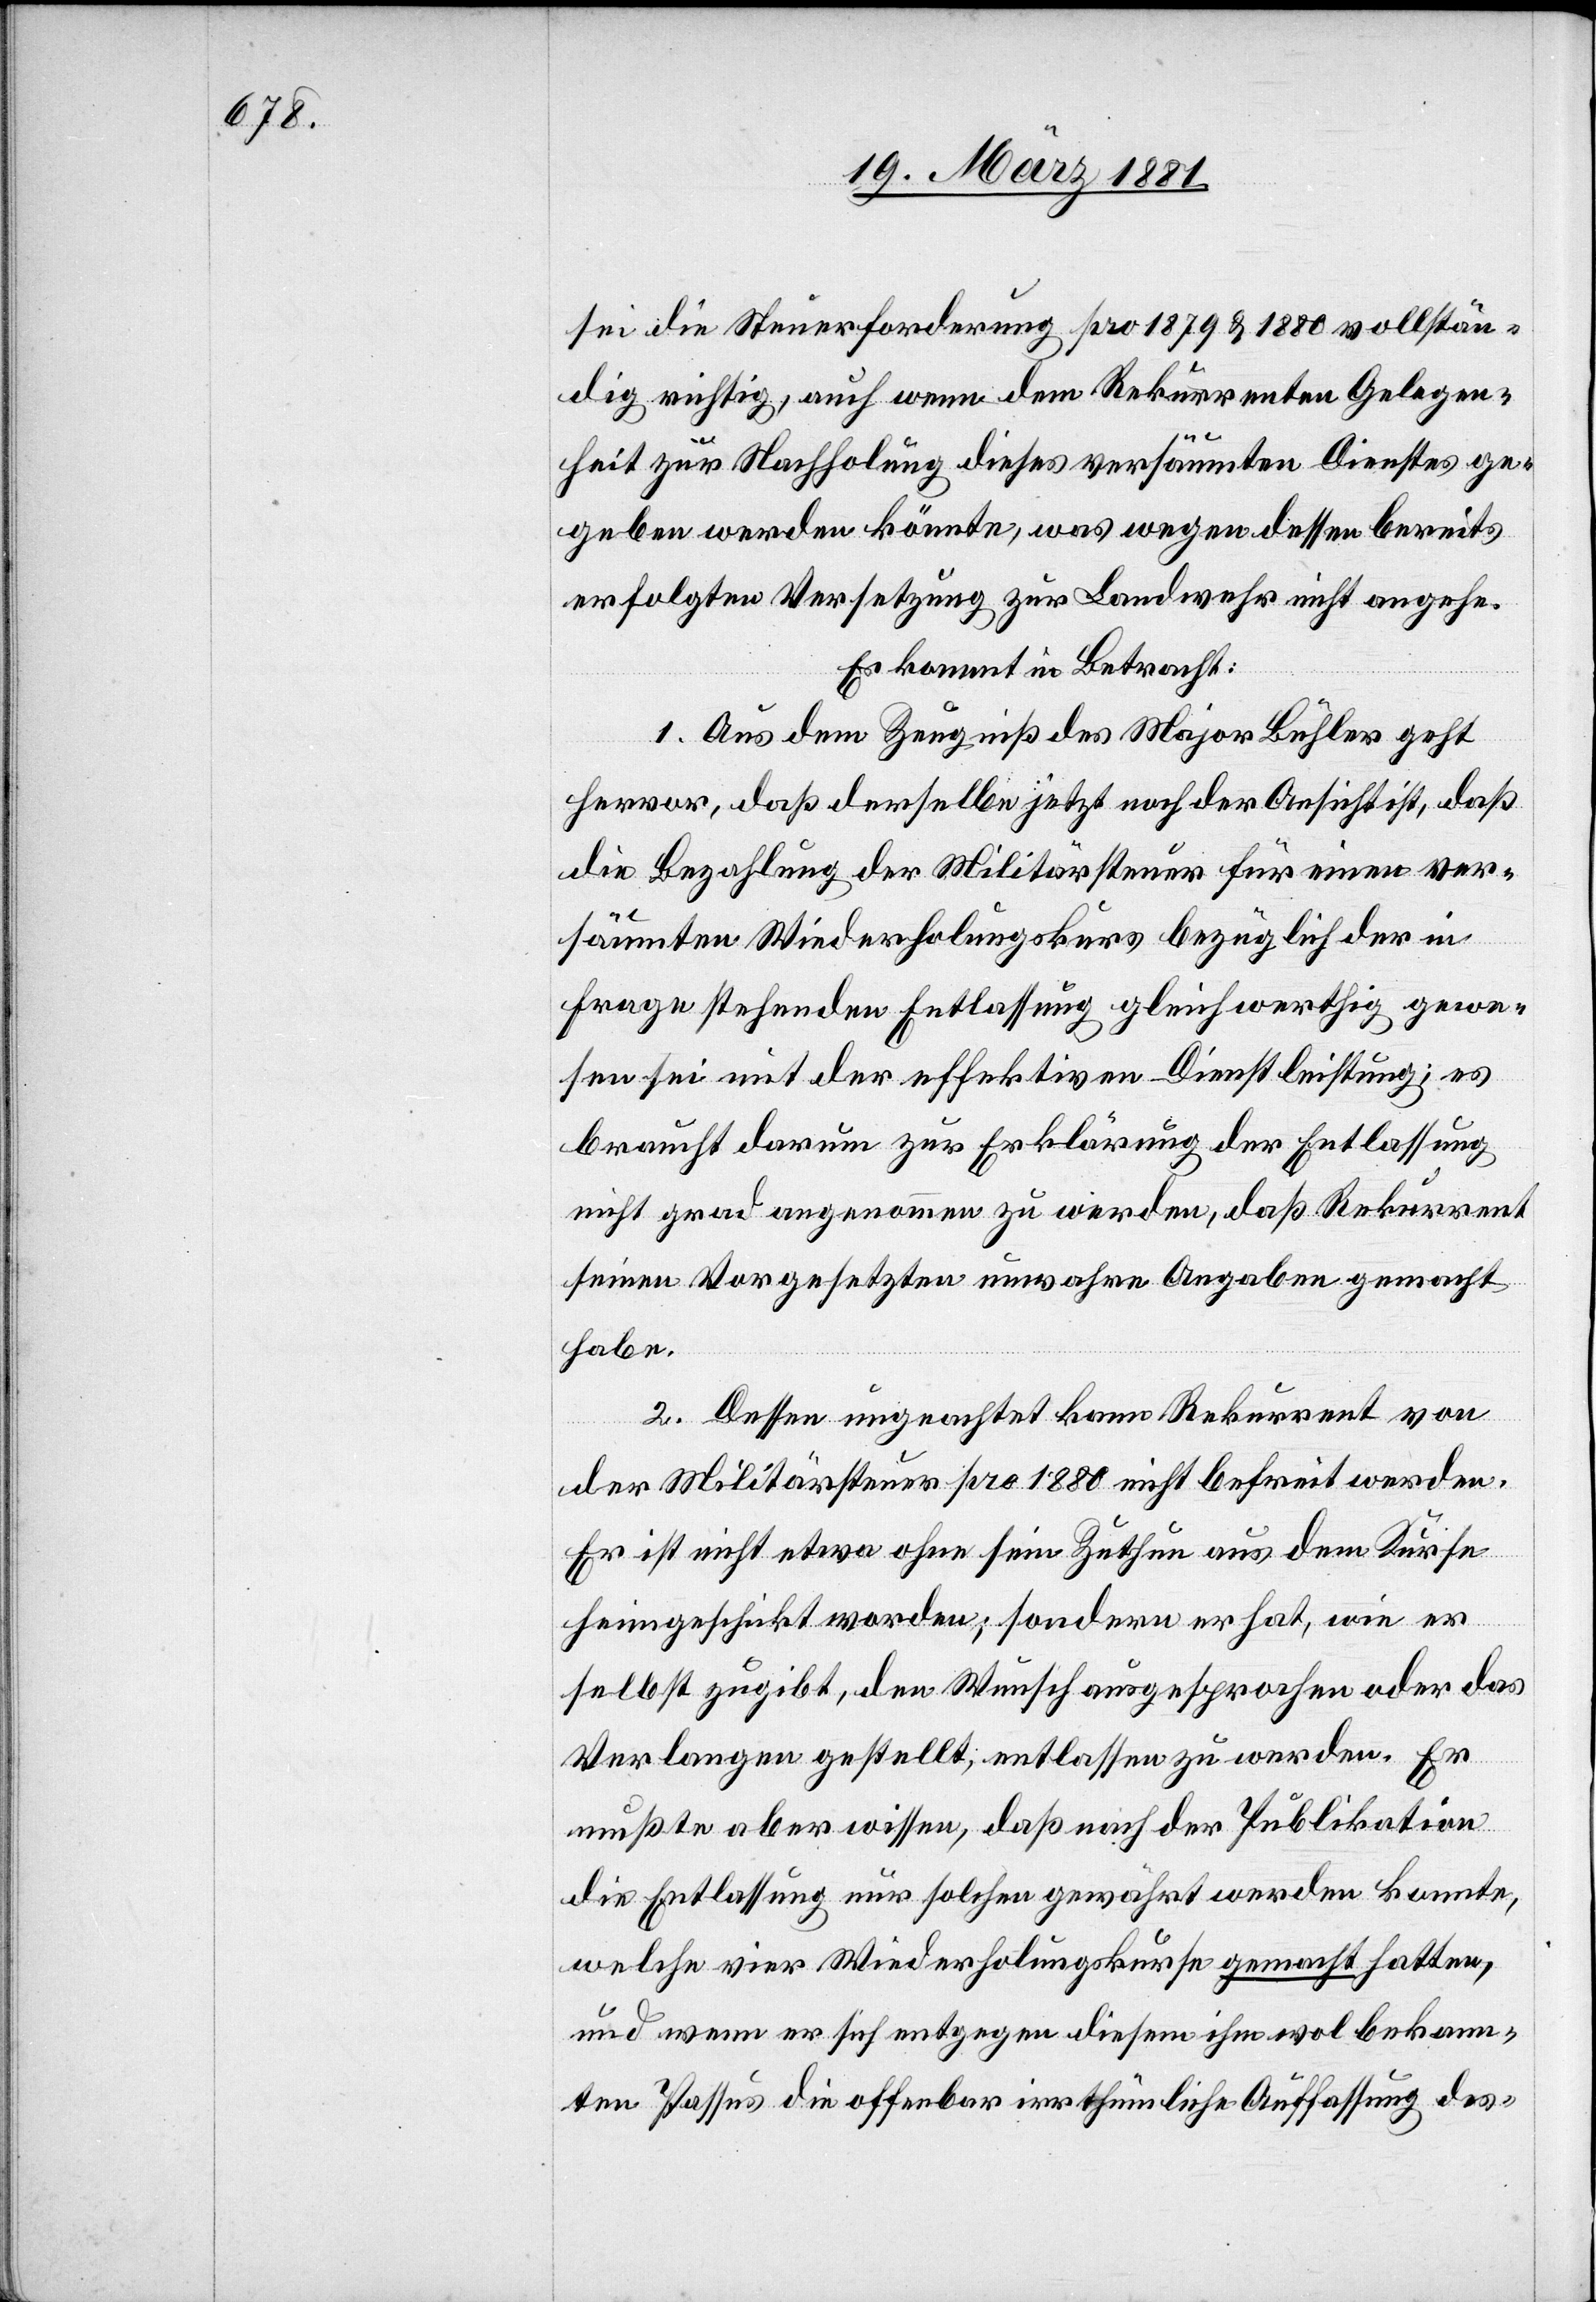
sei die Steuerforderung pro 1879 & 1880 vollstän¬
dig richtig, auch wenn dem Rekurrenten Gelegen¬
heit zur Nachholung dieses versäumten Dienstes ge¬
geben werden könnte, was wegen dessen bereits
erfolgten Versetzung zur Landwehr nicht angehe.
Es kommt in Betracht:
1. Aus dem Zeugniß des Major Bühler geht
hervor, daß derselbe jetzt noch der Ansicht ist, daß
die Bezahlung der Militärsteuer für einen ver¬
säumten Wiederholungskurs bezüglich der in
Frage stehenden Entlassung gleichwerthig gewe¬
sen sei mit der effektiven Dienstleistung; es
braucht darum zur Erklärung der Entlassung
nicht grad angenommen zu werden, daß Rekurrent
seinen Vorgesetzten unwahre Angaben gemacht
habe.
2. Dessen ungeachtet kann Rekurrent von
der Militärsteuer pro 1880 nicht befreit werden.
Er ist nicht etwa ohne sein Zuthun aus dem Kurse
heimgeschickt worden; sondern er hat, wie er
selbst zugibt, den Wunsch ausgesprochen oder das
Verlangen gestellt, entlassen zu werden. Er
mußte aber wissen, daß nach der Publikation
die Entlassung nur solchen gewährt werden konnte,
welche vier Wiederholungskurse gemacht hatten,
und wenn er sich entgegen diesem ihm wol bekann¬
ten Passus die offenbar irrthümliche Auffassung des-